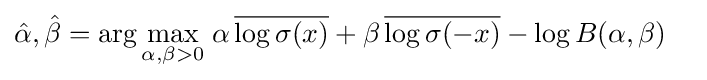
{\begin{aligned}{\hat {\alpha }},{\hat {\beta }}=\arg \max _{\alpha ,\beta >0}&\;\alpha \,{\overline {\log \sigma (x)}}+\beta \,{\overline {\log \sigma (-x)}}-\log B(\alpha ,\beta )\end{aligned}}